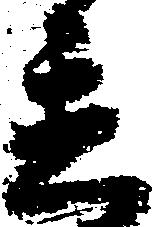
置